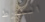
التورط